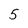
Character: 5